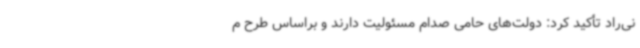
نی‌راد تأکید کرد: دولت‌های حامی صدام مسئولیت دارند و براساس طرح م